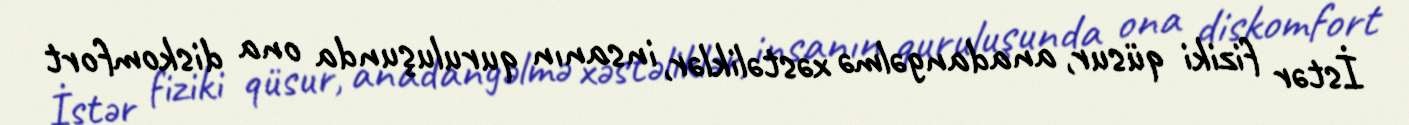
İstər fiziki qüsur, anadangəlmə xəstəliklər, insanın quruluşunda ona diskomfort